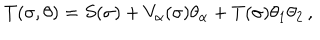
T ( \sigma , \theta ) = S ( \sigma ) + V _ { \alpha } ( \sigma ) \theta _ { \alpha } + T ( \sigma ) \theta _ { 1 } \theta _ { 2 } \nonumber \, ,